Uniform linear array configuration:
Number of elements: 8
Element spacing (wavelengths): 0.25
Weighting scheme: uniform
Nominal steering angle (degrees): -15
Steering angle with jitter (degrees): -15.992
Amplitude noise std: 0.05
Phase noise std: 0.05

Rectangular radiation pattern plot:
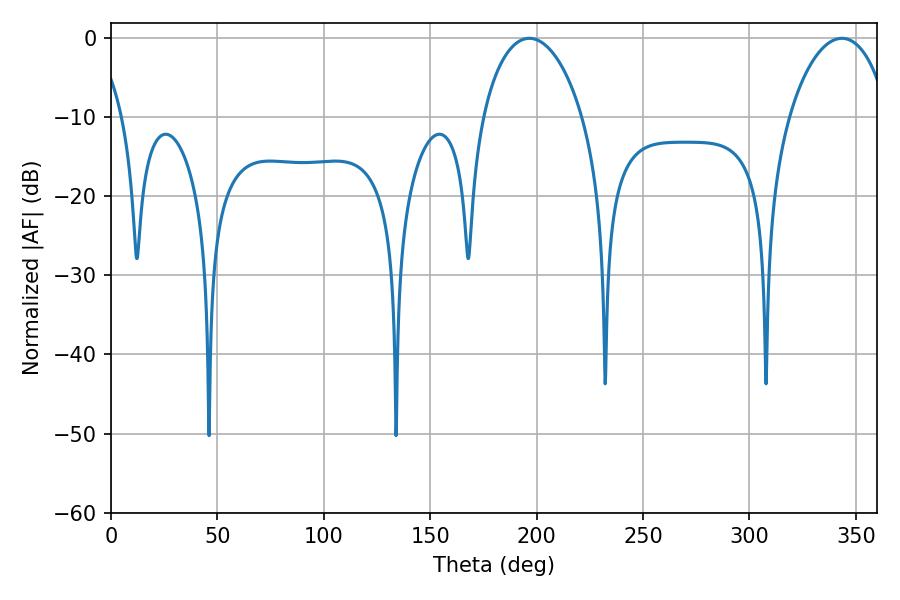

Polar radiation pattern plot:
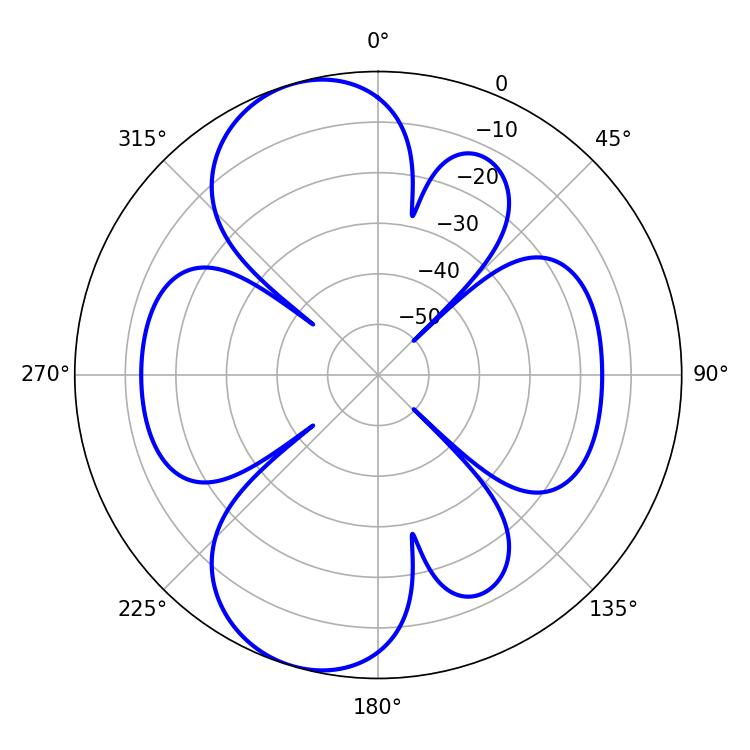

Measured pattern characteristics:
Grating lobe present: FALSE
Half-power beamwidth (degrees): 27
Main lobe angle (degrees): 196.56